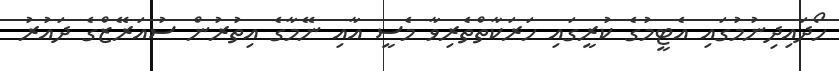
ހޯދައިދިނުމުގައި އެޓީމުގެ ކުރީގައި ހަރަކާތްތެރިވާ މެސީ އާއި ނޭމާގެ އިތުރުން ސުއަރޭޒްގެ ދައުރު